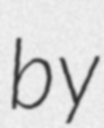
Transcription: by